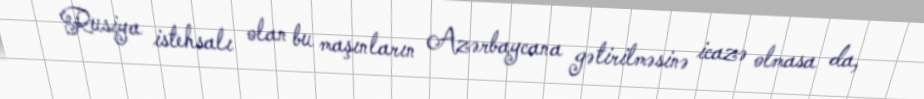
Rusiya istehsalı olan bu maşınların Azərbaycana gətirilməsinə icazə olmasa da,